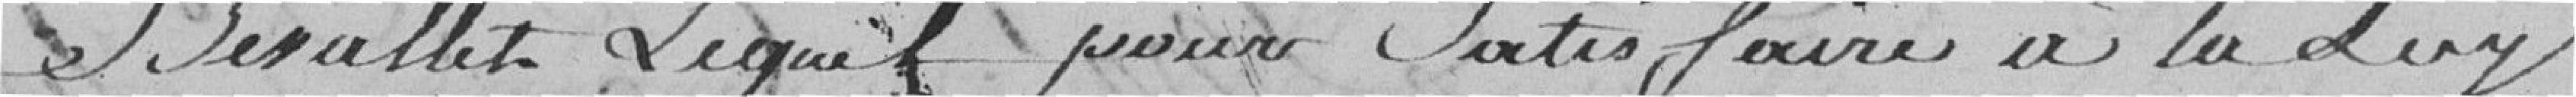
Desallet lequel pour satisfaire la loi